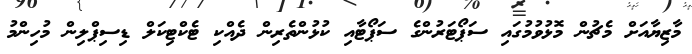
މާޒިޔާއަށް މެޗުން މޮޅުވުމުގައި ސަޕޯޓަރުންގެ ސަޕޯޓާއި ކުޅުންތެރިން ދެއްކި ޓެކްޓިކަލް ޑިސިޕްލިން މުހިންމު